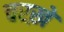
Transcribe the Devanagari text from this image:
चरख़े